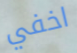
اخفي